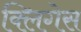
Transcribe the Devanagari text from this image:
क्लिगेस